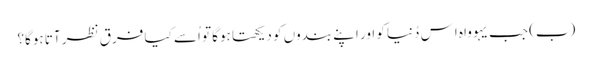
‏ (‏ب)‏ جب یہوواہ اِس دُنیا کو اور اپنے بندوں کو دیکھتا ہوگا تو اُسے کیا فرق نظر آتا ہوگا؟